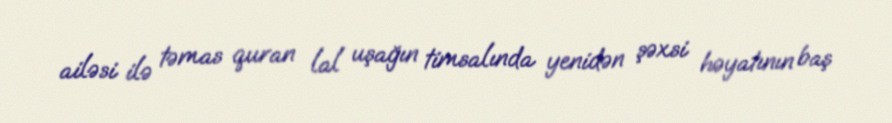
ailəsi ilə təmas quran lal uşağın timsalında yenidən şəxsi həyatının baş